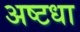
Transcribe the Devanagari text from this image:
अष्टधा